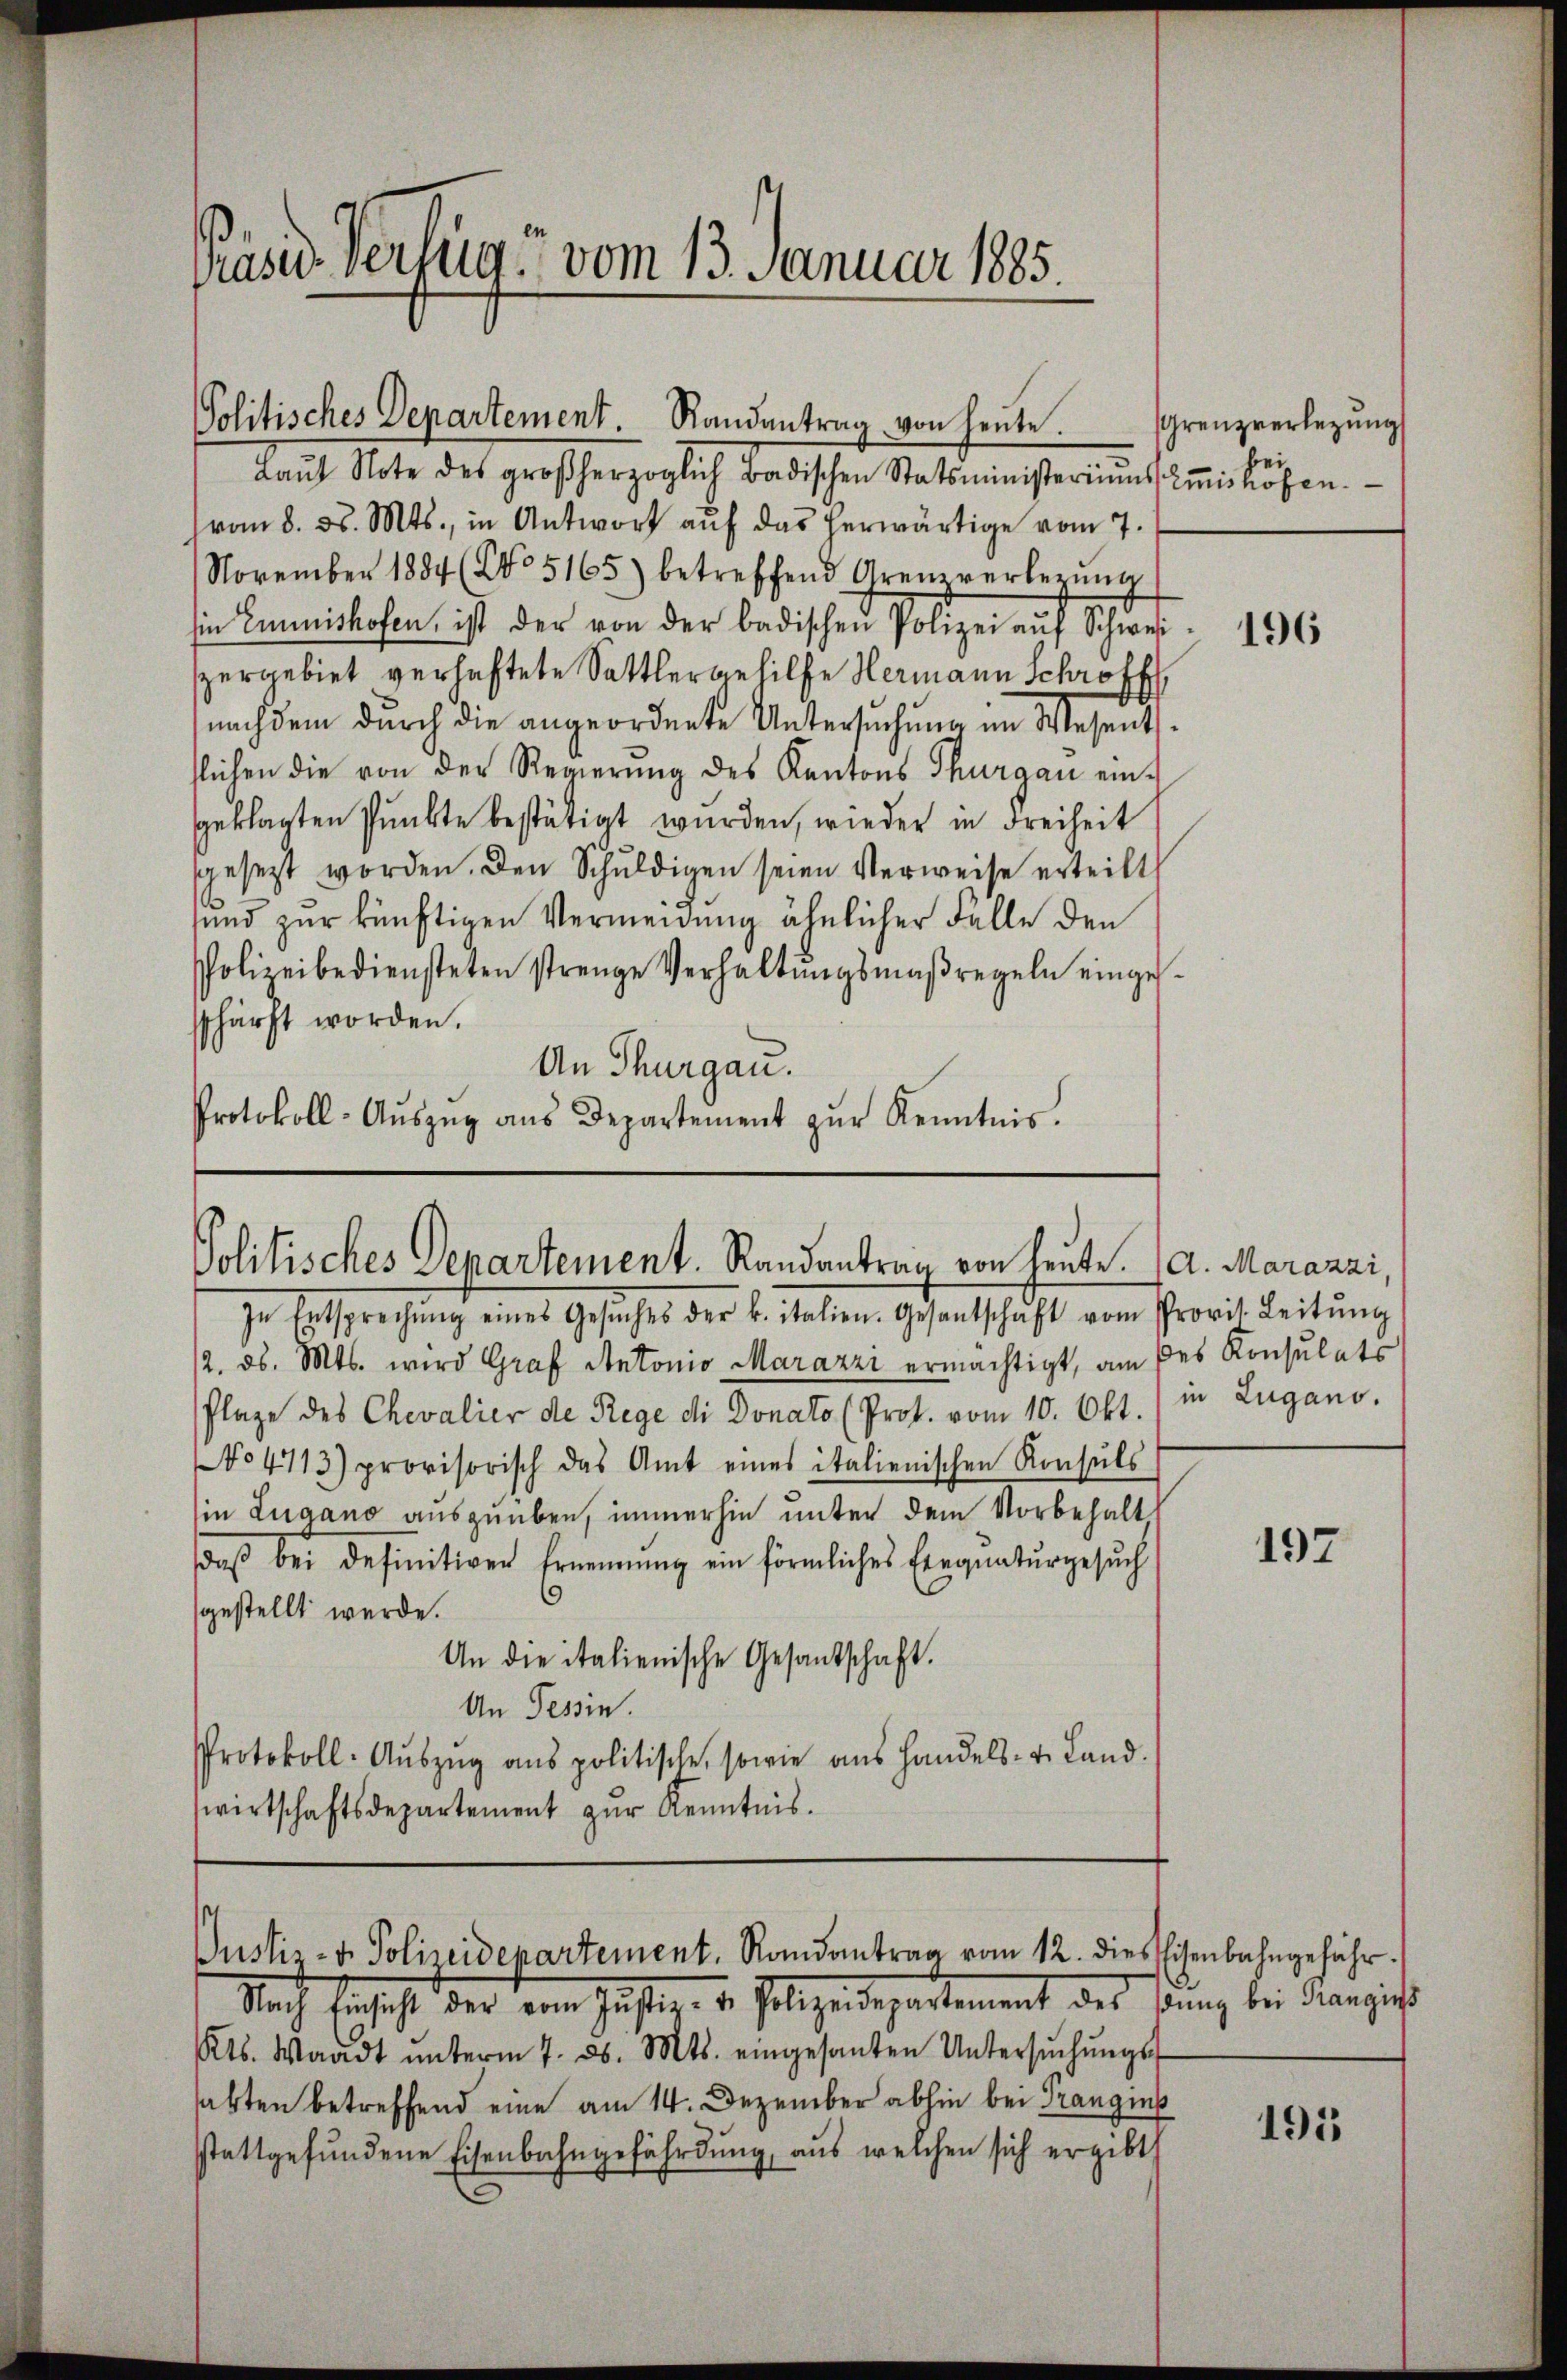
PäsivVerzug vom 13. Januar 1885.

Politisches Departement. Randantrag von heute.
Laŭt Note des großherzoglich Badischen Statsministeriums Emiskösten.

vom 8. d. Mts., in Antwort aŭf das herwärtige vom 7.
November 1884 (No 5165) betreffend Grenzverlegŭng
sin Emmnishofen, ist der von der badischen Polizei aŭf Schweispergebiet verhaftete Sattlergehilfe Hermann Schroff
nachdem dŭrch die angeordnete Untersŭchŭng im Wesents-
slichen die von der Regierung des Kantons Thurgau einggeklagten Punkte bestätigt wurden, wieder in Freiheit
sgesezt worden. Den Schŭldigen seien Verweise erteilt
und zur künftigen Vermeidung ähnlicher Falle den
Polizeibediensteten strenge Verhaltŭngsmaßregeln einge-
schärft worden.
An Thurgau.
Protokoll-Aŭszŭg ans Departement zŭr Kenntnis.

Politisches Departement. Randantrag von heute. (A. Marazzi,
In Entsprechŭng eines Gesŭches der k. italien. Gesantschaft vom Provit. Leitŭng

12. d. Mts. wird Graf Antonio Marazzi ermächtigt, am des Konsulats
Plage des Chevalier de Rege di Donato (Prot. vom 10. Okt. in Lugano.
No 4713) provisorisch das Amt eines italienischen Konsuls
in Lugano ausguüben, immerhin unter dem Vorbehalt
daβ bei definitiven Ernennung ein förmliches Eregnaturgesŭch
60
gestellt werde.
An die italienische Gesandschaft.
An Tessin.
Protokoll-Aŭszŭg ans politische, sowie aus handels- u. Land.
wirtschaftsdepartement zŭr Kenntnis.

Nach Einsicht der vom Justiz- & Polizeidepartement des Benz bei Franzieht
Kts. Waadt ŭnterm 7. ds. Mts. eingesanten Untersŭchŭngs-
habten betreffend eine am 14. Dezember abhin bei Prangins
stattgefŭndene Eisenbahngefährdŭng, aus welchen sich ergibt

Justiz- u. Polizeidepartement. Randantrag vom 12. dies Eisenbahngeführ

Grenzverlegung

196

197

191